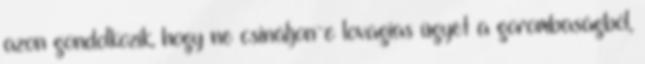
azon gondolkozik, hogy ne csináljon-e lovagias ügyet a gorombaságból,